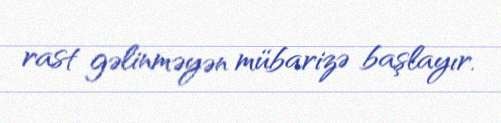
rast gəlinməyən mübarizə başlayır.